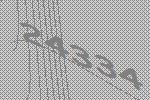
24334